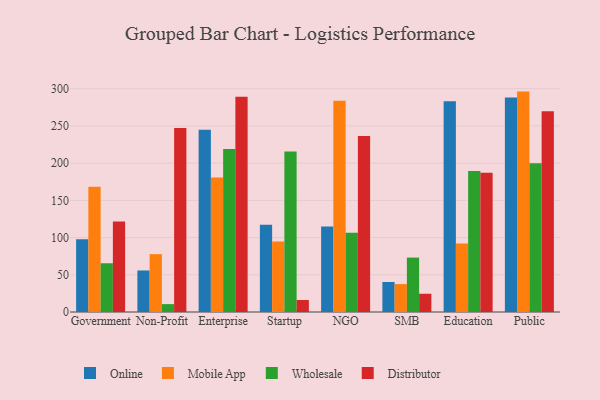
{"axis": {"x": "Segment", "y": "Active Users"}, "legend": ["Distributor", "Mobile App", "Online", "Wholesale"], "data": [{"x": "Government", "y": 97.7, "type": "Online"}, {"x": "Government", "y": 168.4, "type": "Mobile App"}, {"x": "Government", "y": 65.5, "type": "Wholesale"}, {"x": "Government", "y": 121.6, "type": "Distributor"}, {"x": "Non-Profit", "y": 55.8, "type": "Online"}, {"x": "Non-Profit", "y": 77.7, "type": "Mobile App"}, {"x": "Non-Profit", "y": 10.6, "type": "Wholesale"}, {"x": "Non-Profit", "y": 247.2, "type": "Distributor"}, {"x": "Enterprise", "y": 245.0, "type": "Online"}, {"x": "Enterprise", "y": 180.7, "type": "Mobile App"}, {"x": "Enterprise", "y": 219.1, "type": "Wholesale"}, {"x": "Enterprise", "y": 289.2, "type": "Distributor"}, {"x": "Startup", "y": 117.3, "type": "Online"}, {"x": "Startup", "y": 94.8, "type": "Mobile App"}, {"x": "Startup", "y": 215.6, "type": "Wholesale"}, {"x": "Startup", "y": 16.1, "type": "Distributor"}, {"x": "NGO", "y": 114.7, "type": "Online"}, {"x": "NGO", "y": 283.9, "type": "Mobile App"}, {"x": "NGO", "y": 106.4, "type": "Wholesale"}, {"x": "NGO", "y": 236.6, "type": "Distributor"}, {"x": "SMB", "y": 40.3, "type": "Online"}, {"x": "SMB", "y": 37.5, "type": "Mobile App"}, {"x": "SMB", "y": 73.1, "type": "Wholesale"}, {"x": "SMB", "y": 24.5, "type": "Distributor"}, {"x": "Education", "y": 283.3, "type": "Online"}, {"x": "Education", "y": 92.0, "type": "Mobile App"}, {"x": "Education", "y": 189.3, "type": "Wholesale"}, {"x": "Education", "y": 187.0, "type": "Distributor"}, {"x": "Public", "y": 288.1, "type": "Online"}, {"x": "Public", "y": 296.1, "type": "Mobile App"}, {"x": "Public", "y": 199.8, "type": "Wholesale"}, {"x": "Public", "y": 269.8, "type": "Distributor"}]}